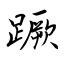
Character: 蹶